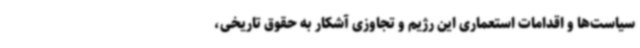
سیاست‌ها و اقدامات استعماری این رژیم و تجاوزی آشکار به حقوق تاریخی،